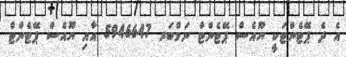
އެ ދެ ޕޭޓެންޓަކީ ޔޫއެސް ޕޭޓެންޓް ނަމްބަރ 5946647 އާއި ޔޫއެސް ޕޭޓެންޓް